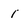
Character: 1